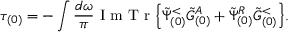
\tau _ { ( 0 ) } = - \int \frac { d \omega } { \pi } \mathrm { ~ I ~ m ~ T ~ r ~ } \Big \{ \tilde { \Psi } _ { ( 0 ) } ^ { < } \tilde { G } _ { ( 0 ) } ^ { A } + \tilde { \Psi } _ { ( 0 ) } ^ { R } \tilde { G } _ { ( 0 ) } ^ { < } \Big \} .